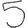
Digit: 5